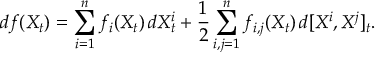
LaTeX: d f ( X _ { t } ) = \sum _ { i = 1 } ^ { n } f _ { i } ( X _ { t } ) \, d X _ { t } ^ { i } + { \frac { 1 } { 2 } } \sum _ { i , j = 1 } ^ { n } f _ { i , j } ( X _ { t } ) \, d [ X ^ { i } , X ^ { j } ] _ { t } .